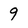
Character: 9